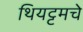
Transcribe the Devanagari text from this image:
थियट्टमचे